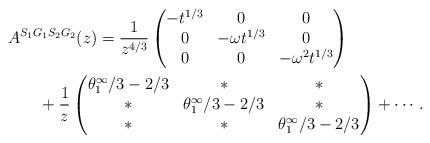
LaTeX: \begin{gather*}A^{S_1G_1S_2G_2}(z)=\frac{1}{z^{4/3}}\begin{pmatrix} -t^{1/3} & 0 & 0 \\ 0 & -\omega t^{1/3} & 0 \\ 0 & 0 & -\omega^2 t^{1/3} \end{pmatrix}\\\hphantom{A^{S_1G_1S_2G_2}(z)=}{}+\frac{1}{z}\begin{pmatrix} \theta^\infty_1/3-2/3 & * & * \\ * & \theta^\infty_1/3-2/3 & * \\ * & * & \theta^\infty_1/3-2/3 \end{pmatrix}+\cdots.\end{gather*}